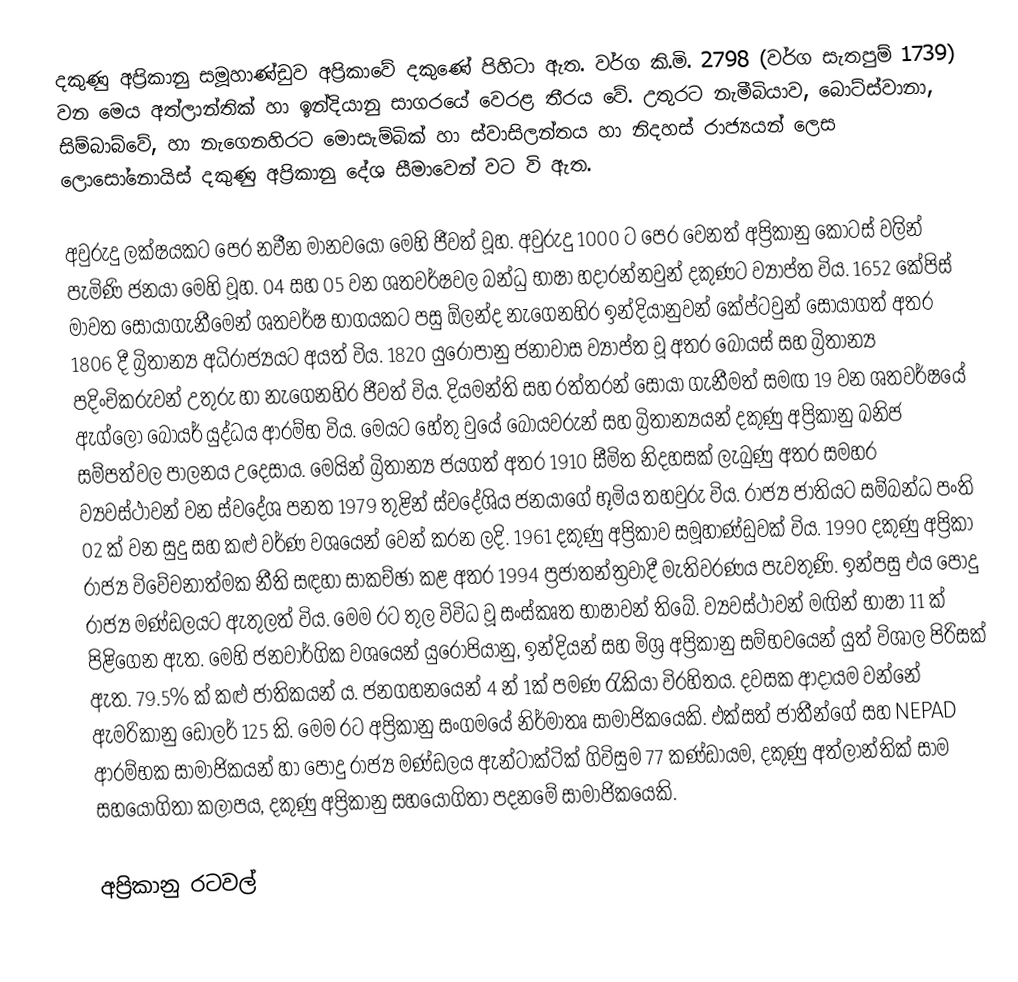
දකුණු අප්‍රිකානු සමූහාණ්ඩුව අප්‍රිකාවේ දකුණේ පිහිටා ඇත. වර්ග කි.මි. 2798 (වර්ග සැතපුම් 1739) වන මෙය අත්ලාන්තික් හා ඉන්දියානු සාගරයේ වෙරළ තී‍රය ‍වේ. උතුරට නැමීබියාව, බොට්ස්වානා, සිම්බාබ්වේ, හා නැගෙනහිරට මොසැම්බික් හා ස්වාසිලන්තය හා නිදහස් ‍රාජ්‍යයන් ලෙස ලොසෝනොයිස් දකුණු අප්‍රිකානු දේශ සීමාවෙන් වට වි ඇත.

අවුරුදු ලක්ෂයකට පෙර නවීන මානවයෝ මෙහි ජීවත් වූහ. අවුරුදු 1000 ට පෙර වෙනත් අප්‍රිකානු කොටස් වලින් පැමිණි ජනයා මෙහි වූහ. 04 සහ 05  වන ශතවර්ෂවල බන්ධු භාෂා හදාරන්නවුන්  දකුණට ව්‍යාප්ත විය. 1652 කේපිස් මාවත සොයාගැනීමෙන් ශතවර්ෂ භාගයකට පසු ඕලන්ද නැගෙනහිර ඉන්දියානුවන් කේප්ටවුන් සොයාගත් අතර 1806 දී බ්‍රිතාන්‍ය අධිරාජ්‍යයට අයත් විය. 1820  යුරෝපානු ජනාවාස ව්‍යාප්ත වූ අතර බෝයස් සහ බ්‍රිතාන්‍ය පදිංචිකරුවන් උතුරු හා  නැගෙනහිර ජීවත් විය.  දියමන්ති සහ රත්තරන් සොයා ගැනීමත් සමඟ 19 වන ශතවර්ෂයේ ඇග්ලෝ බෝයර් යුද්ධය ආරම්භ විය. මෙයට හේතු වුයේ බෝයවරුන් සහ බ්‍රිතාන්‍යයන් දකුණු අප්‍රිකානු  ඛනිජ සම්පත්වල පාලනය උදෙසාය. මෙයින් බ්‍රිතාන්‍ය ජයගත් අතර 1910 සීමිත නිදහසක් ලැබුණු අතර සමහර ව්‍යවස්ථාවන් වන  ස්වදේශ පනත 1979  තුළින් ස්වදේශිය ජනයාගේ භූමිය තහවුරු විය. රාජ්‍ය ජාතියට සම්බන්ධ පංති 02 ක් වන සුදු සහ  කළු වර්ණ වශයෙන් වෙන් කරන ලදි. 1961 දකුණු අප්‍රිකාව  සමූහාණ්ඩුවක් විය. 1990 දකුණු අප්‍රිකා  රාජ්‍ය විවේචනාත්මක නීති සඳහා සාකච්ඡා කළ අතර 1994 ප්‍රජාතන්ත්‍රවාදී මැතිවරණය පැවතුණි. ඉන්පසු එය පොදු රාජ්‍ය මණ්ඩලයට ඇතුලත් විය. මෙම රට තුල විවිධ වූ සංස්කෘත භාෂාවන් තිබේ. ව්‍යවස්ථාවන් මඟින් භාෂා 11 ක් පිළිගෙන ඇත. මෙහි ජනවාර්ගික වශයෙන් යුරෝපියානු, ඉන්දියන් සහ මිශ්‍ර අප්‍රිකානු සම්භවයෙන් යුත් විශාල පිරිසක් ඇත. 79.5% ක් කළු ජාතිකයන් ය. ජනගහනයෙන් 4 න් 1ක්  පමණ රැකියා විරහිතය. දවසක ආදායම වන්නේ ඇමරිකානු ඩොලර් 125 කි. මෙම රට අප්‍රිකානු  සංගමයේ  නිර්මාතෘ සාමාජිකයෙකි. එක්සත් ජාතීන්ගේ සහ  NEPAD ආරම්භක සාමාජිකයන් හා පොදු රාජ්‍ය මණ්ඩලය ඇන්ටාක්ටික් ගිවිසුම 77 කණ්ඩායම, දකුණු අත්ලාන්තික් සාම සහයෝගිතා කලාපය, දකුණු අප්‍රිකානු සහයෝගිතා පදනමේ සාමාජිකයෙකි.

අප්‍රිකානු රටවල්